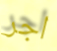
اجر